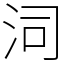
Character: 泀